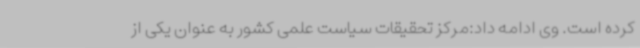
کرده است. وی ادامه داد:مرکز تحقیقات سیاست علمی کشور به عنوان یکی از